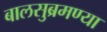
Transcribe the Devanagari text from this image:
बालसुब्रमण्या